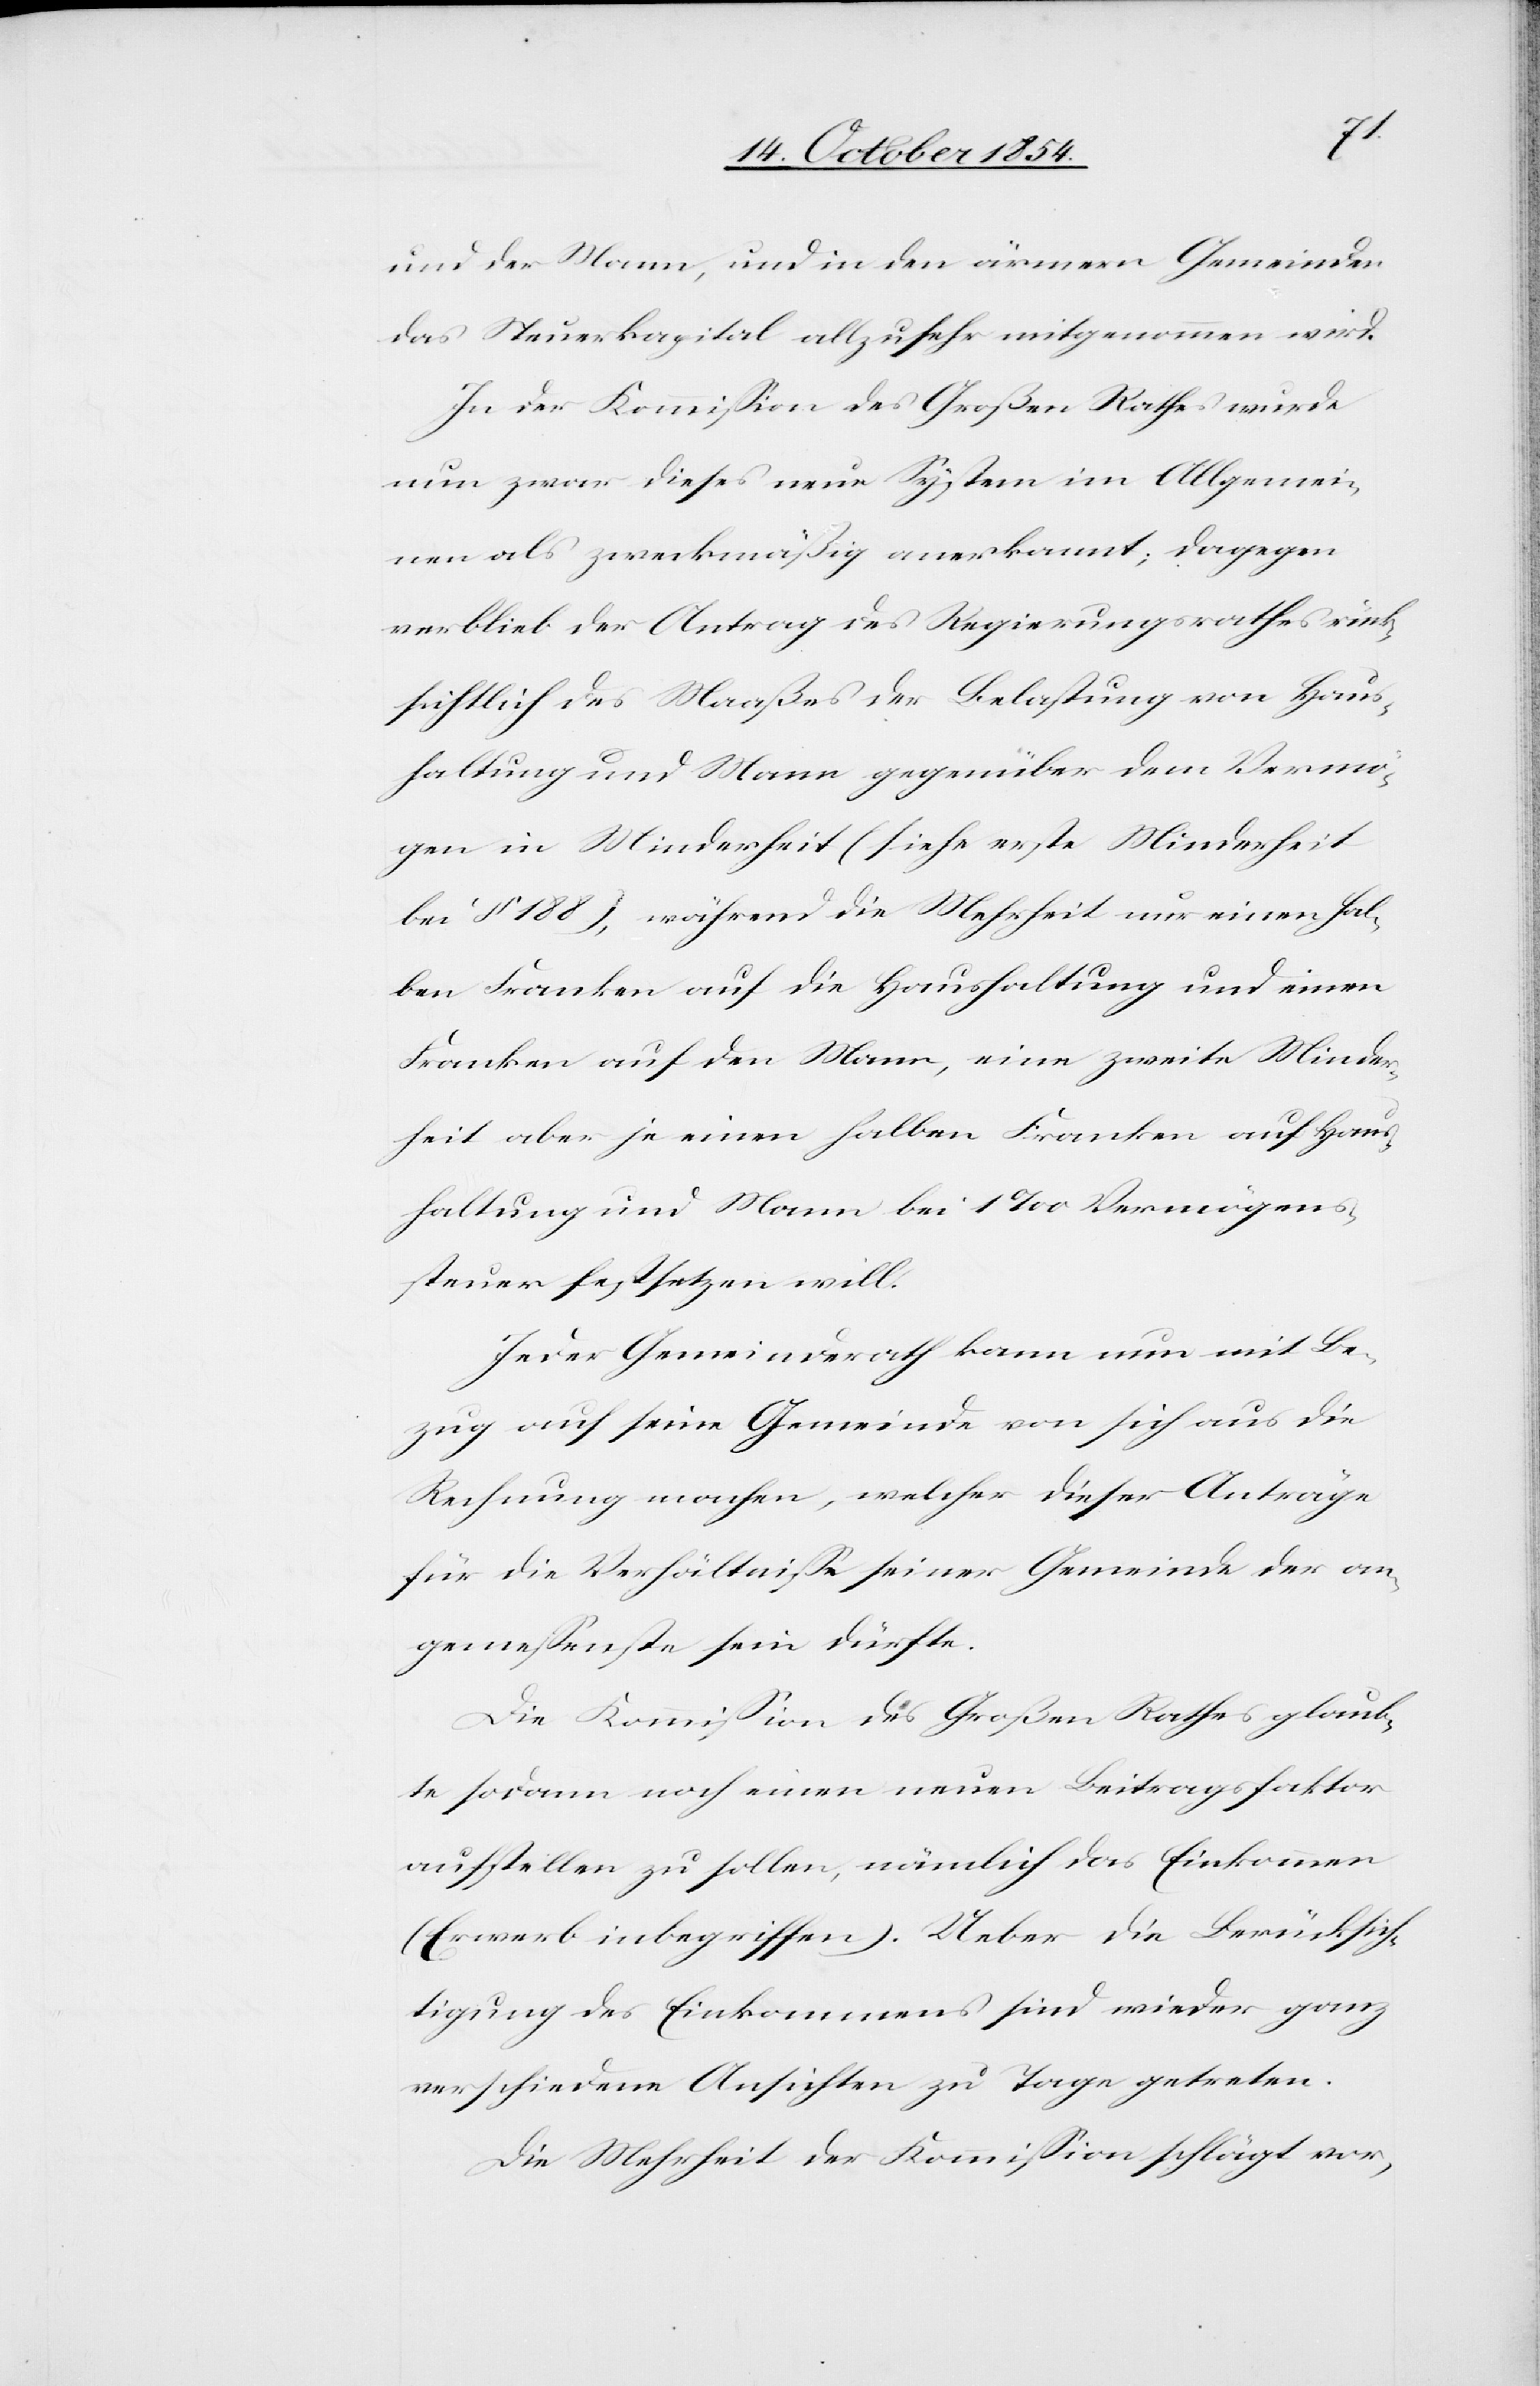
und der Mann, und in den ärmern Gemeinden
das Steuerkapital allzusehr mitgenommen wird.
In der Kommißion des Großen Rathes wurd¬
e zwar dieses neue System im Allgemei¬
nen als zweckmäßig anerkannt; dagegen
verblieb der Antrag des Regierungsrathes rück¬
sichtlich des Maaßes der Belastung von Haus¬
haltung und Mann gegenüber dem Vermö¬
gen in Minderheit (siehe erste Minderheit
bei § 188), während die Mehrheit nur einen hal¬
ben Franken auf die Haushaltung und einen
Franken auf den Mann, eine zweite Minder¬
heit aber je einen halben Franken auf Haus¬
haltung und Mann bei 1‰ Vermögens¬
steuer festsetzen will.
Jeder Gemeindrath kann nun mit Be¬
zug auf seine Gemeinde von sich aus die
Rechnung machen, welcher dieser Anträge
für die Verhältniße seiner Gemeinde der an¬
gemeßenste sein dürfte.
Die Kommißion des Großen Rathes glaub¬
te sodann noch einen neuen Beitragsfaktor
aufstellen zu sollen, nämlich das Einkommen
(Erwerb inbegriffen). Ueber die Berücksich¬
tigung des Einkommens sind wieder ganz
verschiedene Ansichten zu Tage getreten.
Die Mehrheit der Kommißion schlägt vor,